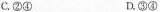
C.②④ D.③④